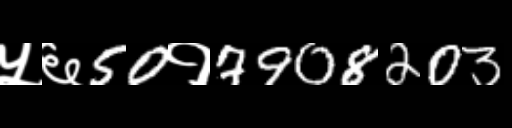
Text: ५६50१7908203